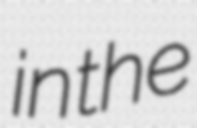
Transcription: in the